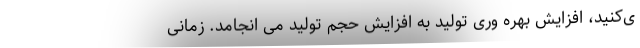
ی‌کنید، افزایش بهره­ وری تولید به افزایش حجم تولید می­ انجامد. زمانی